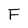
Character: F